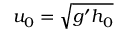
u _ { 0 } = \sqrt { g ^ { \prime } h _ { 0 } }